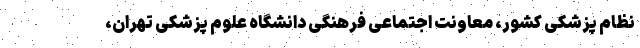
نظام پزشکی کشور، معاونت اجتماعی فرهنگی دانشگاه علوم پزشکی تهران،